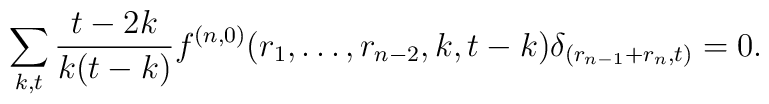
\sum_{k,t}\frac{t-2k}{k(t-k)}f^{(n,0)}(r_1,\dots,r_{n-2} ,k,t-k)\delta_{(r_{n-1}+r_{n},t)}=0.